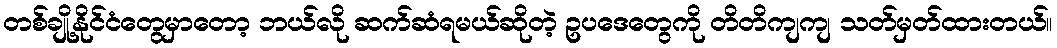
တစ်ချို့နိုင်ငံတွေမှာတော့ ဘယ်လို ဆက်ဆံရမယ်ဆိုတဲ့ ဥပဒေတွေကို တိတိကျကျ သတ်မှတ်ထားတယ်။